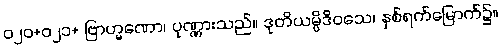
ဝ၂၀+ဝ၂၁+ ဗြာဟ္မဏော၊ ပုဏ္ဏားသည်။ ဒုတိယမ္ပိဒိဝသေ၊ နှစ်ရက်မြောက်၌။